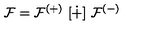
{ \cal F } = { \cal F } ^ { ( + ) } \ [ \dot { + } ] \ { \cal F } ^ { ( - ) }